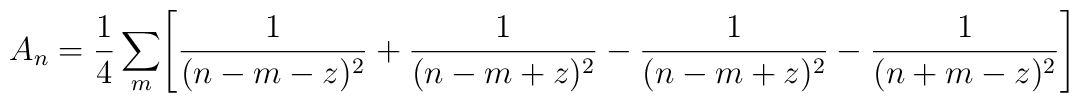
A_n = {{1 \over 4} \sum _m} \Biggl [ {1 \over (n - m - z)^2} +     {1 \over (n - m + z )^2} - {1 \over (n - m + z )^2} -     {1 \over (n + m - z )^2 } \Biggr ]